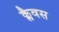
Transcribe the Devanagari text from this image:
क्लैवस